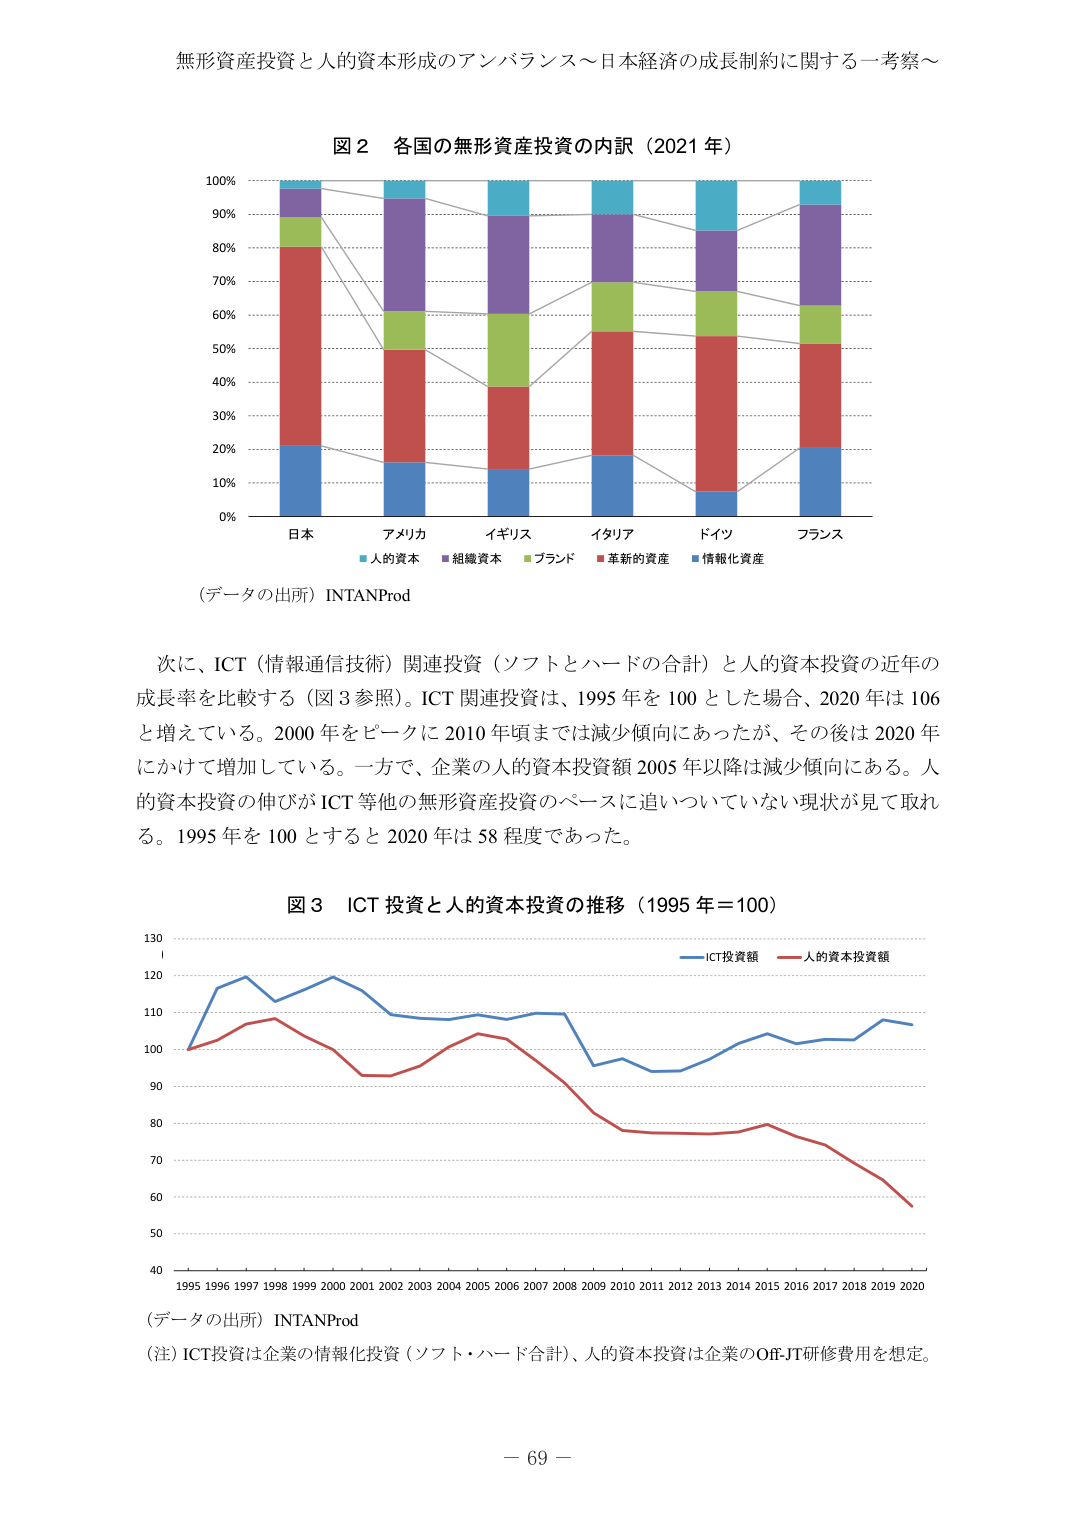
無形資産投資と人的資本形成のアンバランス～日本経済の成長制約に関する一考察～

図２ 各国の無形資産投資の内訳（2021 年）

100%
90%
80%
70%
60%
50%
40%
30%
20%
10%
0%

日本 アメリカ イギリス イタリア ドイツ フランス

■人的資本 ■組織資本 ■ブランド ■革新的資産 ■情報化資産

（データの出所）INTANProd

次に、ICT（情報通信技術）関連投資（ソフトとハードの合計）と人的資本投資の近年の
成長率を比較する（図3参照）。ICT関連投資は、1995年を100とした場合、2020年は106
と増えている。2000年をピークに2010年頃までは減少傾向にあったが、その後は2020年
にかけて増加している。一方で、企業の人的資本投資額2005年以降は減少傾向にある。人
的資本投資の伸びがICT等他の無形資産投資のペースに追いついていない現状が見て取れ
る。1995年を100とすると2020年は58程度であった。

図３ ICT投資と人的資本投資の推移（1995年＝100）

130
120
110
100
90
80
70
60
50
40

1995 1996 1997 1998 1999 2000 2001 2002 2003 2004 2005 2006 2007 2008 2009 2010 2011 2012 2013 2014 2015 2016 2017 2018 2019 2020

■ICT投資額 ■人的資本投資額

（データの出所）INTANProd

（注）ICT投資は企業の情報化投資（ソフト・ハード合計）、人的資本投資は企業のOJT研修費用を想定。

－ 69 －